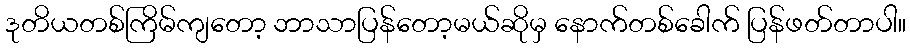
ဒုတိယတစ်ကြိမ်ကျတော့ ဘာသာပြန်တော့မယ်ဆိုမှ နောက်တစ်ခေါက် ပြန်ဖတ်တာပါ။